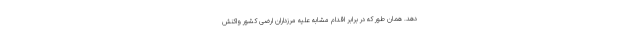
دهد. همان طور که در برابر اقدام مشابه علیه مرزداران ارضی کشور واکنش